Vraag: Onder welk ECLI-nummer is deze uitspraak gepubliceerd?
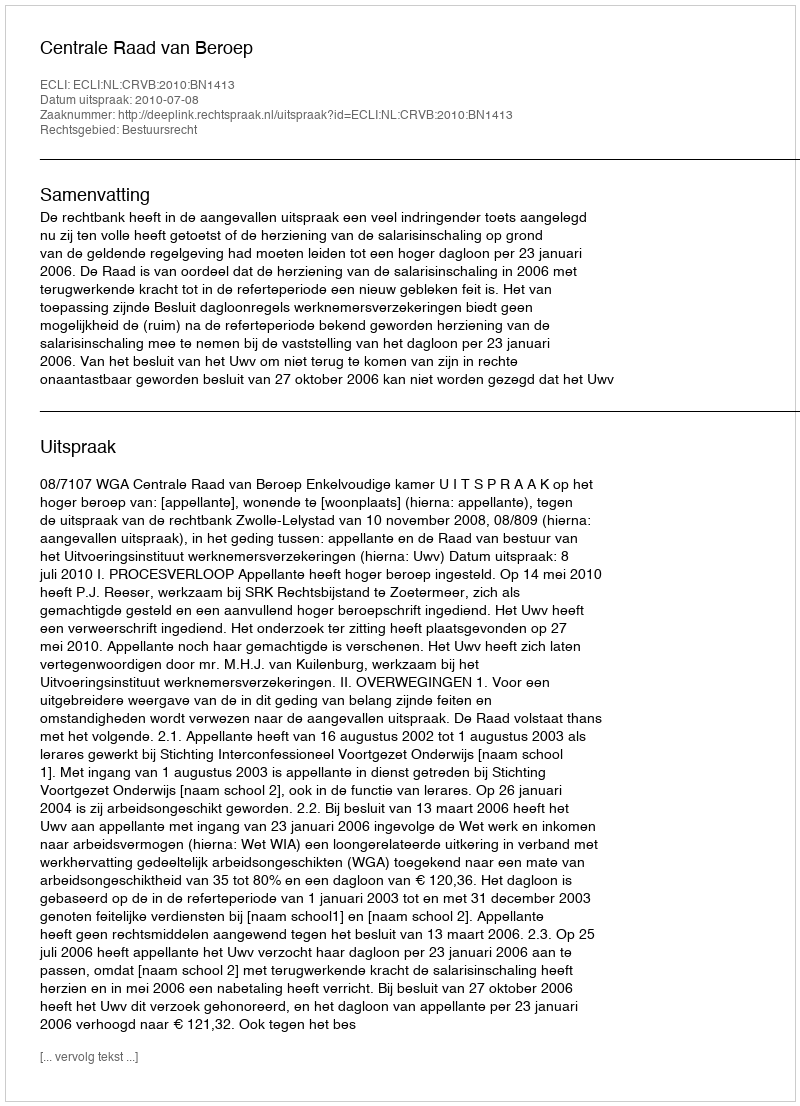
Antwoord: ECLI:NL:CRVB:2010:BN1413